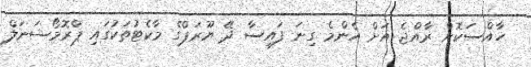
ހާއްސަކޮށް ރާއްޖެ އަށް އެންމެ ގިނަ ފައިސާ ދޭ ޔޫރަޕްގެ މާކެޓުތަކުގައި ޕްރޮމޯޝަނަލް